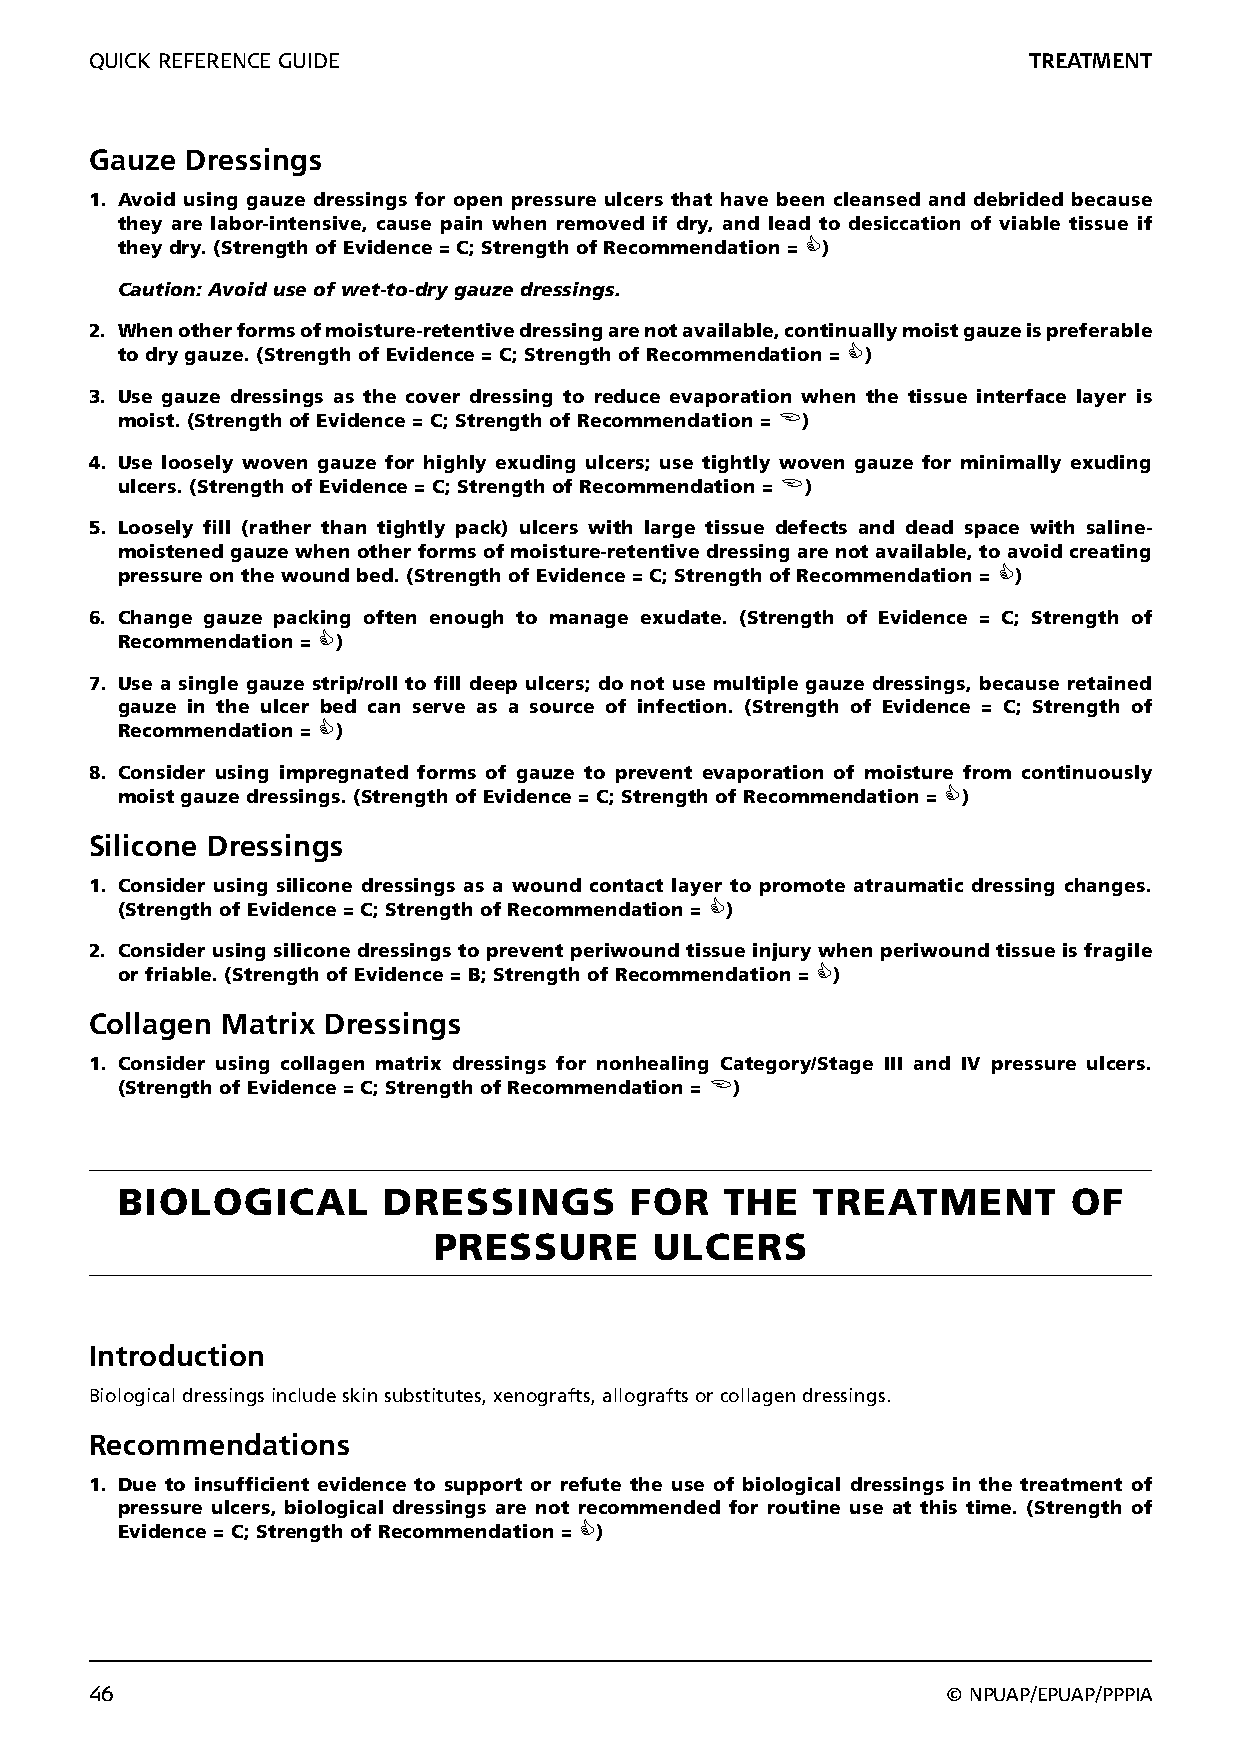
QUICK REFERENCE GUIDE                                         TREATMENT
 Gauze Dressings
 1. Avoid using gauze dressings for open pressure ulcers that have been cleansed and debrided because
 they are labor-intensive, cause pain when removed if dry, and lead to desiccation of viable tissue if
 they dry. (Strength of Evidence = C; Strength of Recommendation = )
 Caution: Avoid use of wet-to-dry gauze dressings.
 2. When other forms of moisture-retentive dressing are not available, continually moist gauze is preferable
 to dry gauze. (Strength of Evidence = C; Strength of Recommendation = )
 3. Use gauze dressings as the cover dressing to reduce evaporation when the tissue interface layer is
 moist. (Strength of Evidence = C; Strength of Recommendation = )
 4. Use loosely woven gauze for highly exuding ulcers; use tightly woven gauze for minimally exuding
 ulcers. (Strength of Evidence = C; Strength of Recommendation = )
 5. Loosely fill (rather than tightly pack) ulcers with large tissue defects and dead space with saline-
 moistened gauze when other forms of moisture-retentive dressing are not available, to avoid creating
 pressure on the wound bed. (Strength of Evidence = C; Strength of Recommendation = )
 6. Change gauze packing often enough to manage exudate. (Strength of Evidence = C; Strength of
 Recommendation = )
 7. Use a single gauze strip/roll to fill deep ulcers; do not use multiple gauze dressings, because retained
 gauze in the ulcer bed can serve as a source of infection. (Strength of Evidence = C; Strength of
 Recommendation = )
 8. Consider using impregnated forms of gauze to prevent evaporation of moisture from continuously
 moist gauze dressings. (Strength of Evidence = C; Strength of Recommendation = )
 Silicone Dressings
 1. Consider using silicone dressings as a wound contact layer to promote atraumatic dressing changes.
 (Strength of Evidence = C; Strength of Recommendation = )
 2. Consider using silicone dressings to prevent periwound tissue injury when periwound tissue is fragile
 or friable. (Strength of Evidence = B; Strength of Recommendation = )
 Collagen Matrix Dressings
 1. Consider using collagen matrix dressings for nonhealing Category/Stage III and IV pressure ulcers.
 (Strength of Evidence = C; Strength of Recommendation = )
 BIOLOGICAL       DRESSINGS        FOR   THE   TREATMENT        OF
 PRESSURE      ULCERS
 Introduction
 Biological dressings include skin substitutes, xenografts, allografts or collagen dressings.
 Recommendations
 1. Due to insufficient evidence to support or refute the use of biological dressings in the treatment of
 pressure ulcers, biological dressings are not recommended for routine use at this time. (Strength of
 Evidence = C; Strength of Recommendation = )
 46                                                       © NPUAP/EPUAP/PPPIA